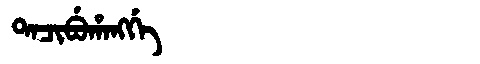
Manchu: ᡨᠠᠴᡳᠪᡠᡥᠠᠩᡤᡝ
Romanization: TACIBUHANGGE